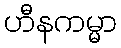
ဟီနကမ္မာ